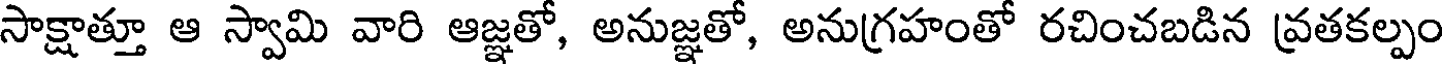
సాక్షాత్తూ ఆ స్వామి వారి ఆజ్ఞతో, అనుజ్ఞతో, అనుగ్రహంతో రచించబడిన వ్రతకల్పం